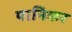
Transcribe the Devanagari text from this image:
पानिकर